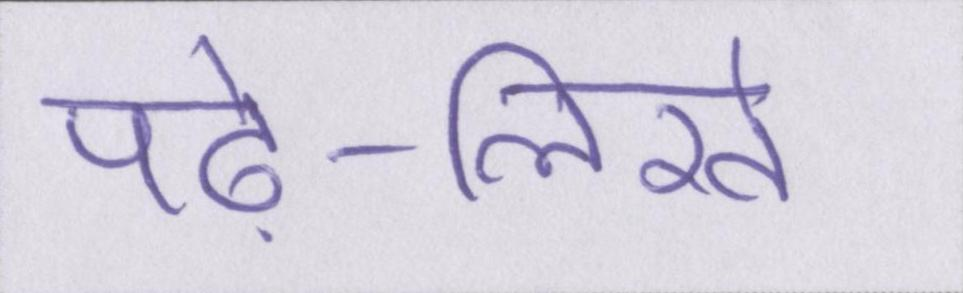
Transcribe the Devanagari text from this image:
पढ़े-लिखे